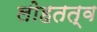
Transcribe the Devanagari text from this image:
लोहतत्व